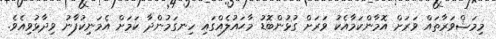
މިމަޝްވަރާތައް ވަރަށް އޮމާންކަމާއެކު ވަރަށް ގުޅުންބޮޑު މާޙައުލެއްގައި ހިނގަމުންދާ ކަމަށް އެމަނިކުފާނު ވިދާޅުވިއެވެ.